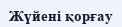
Жүйені қорғау